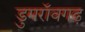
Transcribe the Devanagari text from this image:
डुमरॉवगढ़